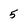
Character: 5